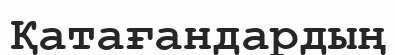
Қатағандардың